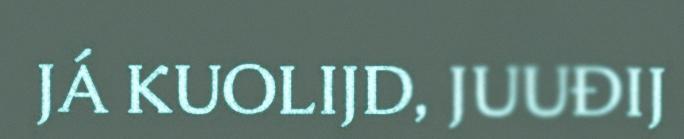
JÁ KUOLIJD, JUUĐIJ